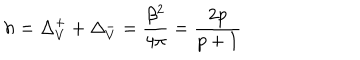
LaTeX: h = \Delta _ { V } ^ { + } + \Delta _ { V } ^ { - } = \displaystyle \frac { \beta ^ { 2 } } { 4 \pi } = \displaystyle \frac { 2 p } { p + 1 }